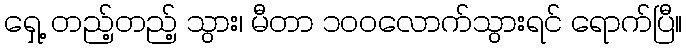
ရှေ့ တည့်တည့် သွား၊ မီတာ ၁၀၀လောက်သွားရင် ရောက်ပြီ။